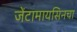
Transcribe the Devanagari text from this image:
जेंटामायसिनचा